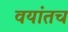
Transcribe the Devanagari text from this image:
वयांतच